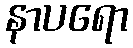
နာပရော